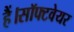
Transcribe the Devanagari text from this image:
हैं।सॉफ्टवेयर